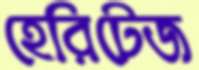
হেরিটেজ